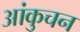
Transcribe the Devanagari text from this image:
आंकुचन